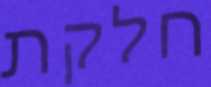
חלקת